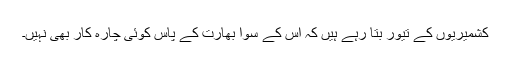
کشمیریوں کے تیور بتا رہے ہیں کہ اس کے سوا بھارت کے پاس کوئی چارہ کار بھی نہیں۔